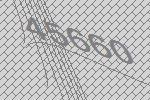
45660